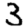
Digit: 3